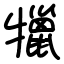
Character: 犣